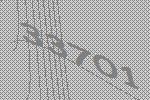
33701